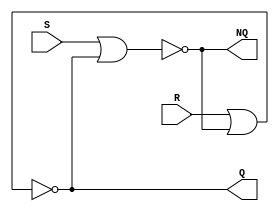
module Lab4part2(S,R,Q,NQ);
	input R,S;
	output Q,NQ;
	
	assign NQ = ~(S|Q);
	assign Q = ~(R|NQ);
	
endmodule